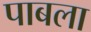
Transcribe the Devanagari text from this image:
पाबला